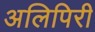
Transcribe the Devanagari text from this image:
अलिपिरी